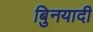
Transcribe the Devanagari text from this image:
बुिनयादी